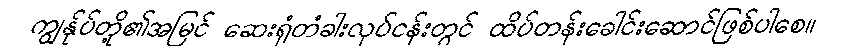
ကျွန်ုပ်တို့၏အမြင် ဆေးရုံတံခါးလုပ်ငန်းတွင် ထိပ်တန်းခေါင်းဆောင်ဖြစ်ပါစေ။